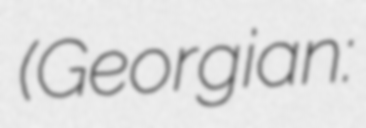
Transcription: (Georgian: